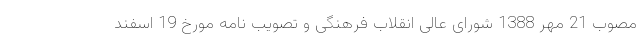
مصوب 21 مهر 1388 شورای عالی انقلاب فرهنگی و تصویب نامه مورخ 19 اسفند